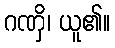
ဂဏှိ၊ ယူ၏။